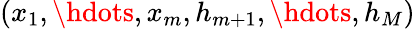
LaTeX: (x_{1},\hdots,x_{m},h_{m+1},\hdots,h_{M})